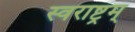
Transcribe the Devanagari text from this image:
स्वराष्ट्रम्‌